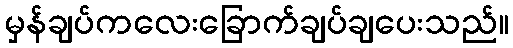
မှန်ချပ်ကလေးခြောက်ချပ်ချပေးသည်။